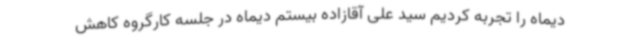
دیماه را تجربه کردیم سید علی آقازاده بیستم دیماه در جلسه کارگروه کاهش